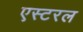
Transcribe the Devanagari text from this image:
एस्टरल